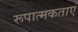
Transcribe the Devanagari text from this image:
रूपात्मकताएं